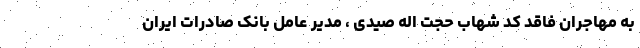
به مهاجران فاقد کد شهاب حجت اله صیدی ، مدیر عامل بانک صادرات ایران